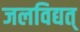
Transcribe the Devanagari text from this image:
जलविद्यत्